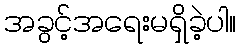
အခွင့်အရေးမရှိခဲ့ပါ။